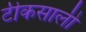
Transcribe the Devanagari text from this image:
टीकसाली